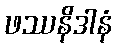
ဖဿနိဒါနံ